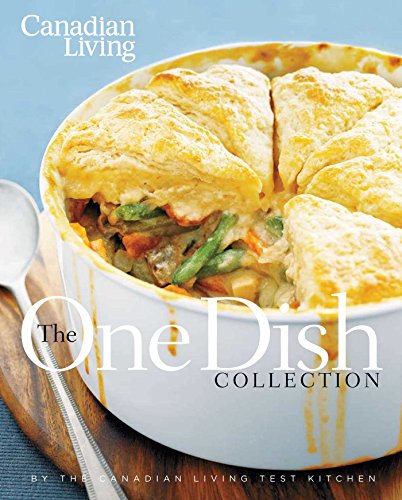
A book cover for Canadian Living: The One-Dish Collection: All-in-One Dinners that Nourish Body and Soul; Canadian Living; Cookbooks, Food & Wine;